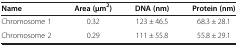
| Name | Area (μm2) | DNA (nm) | Protein (nm) |
 | --- | --- | --- | --- |
 | Chromosome 1 | 0.32 | 123 ± 46.5 | 68.3 ± 28.1 |
 | Chromosome 2 | 0.29 | 111 ± 55.8 | 55.8 ± 29.1 |